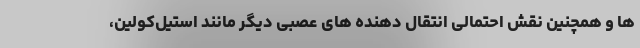
ها و همچنین نقش احتمالی انتقال دهنده های عصبی دیگر مانند استیل‌کولین،